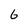
Character: 6